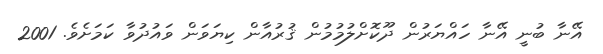
އޭނާ ބުނީ އޭނާ ހައްޔަރުން ދޫކޮށްލުމުމުން ޤުރުއާން ކިޔަވަން ވައުދުވާ ކަމަށެވެ. 2001